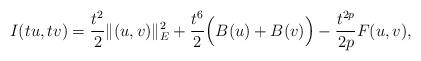
LaTeX: \begin{align*}I(tu,tv)=\frac{t^{2}}{2}\|(u,v)\|_{E}^{2}+\frac{t^{6}}{2}\Big(B(u)+B(v)\Big)-\frac{t^{2p}}{2p}F(u,v),\end{align*}